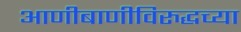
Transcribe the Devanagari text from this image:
आणीबाणीविरुद्धच्या